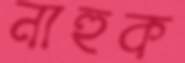
নাহুক